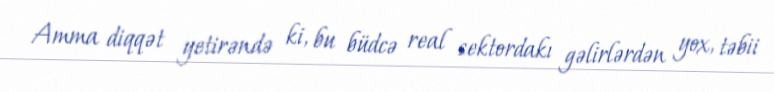
Amma diqqət yetirəndə ki, bu büdcə real sektordakı gəlirlərdən yox, təbii